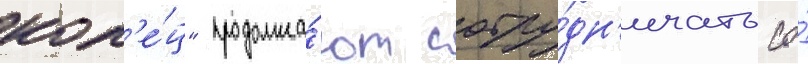
кол'е́ц" продолжа́ют сотру́дн'ичать со́